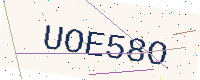
Text: UOE58O